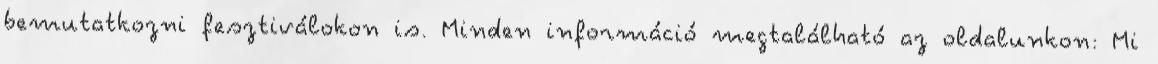
bemutatkozni fesztiválokon is. Minden információ megtalálható az oldalunkon: Mi